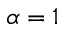
\alpha = 1